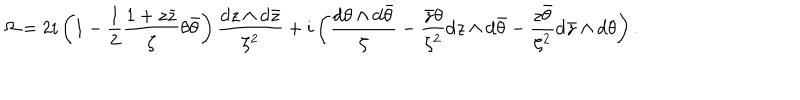
\Omega = 2 i \left( 1 - \frac { 1 } { 2 } \frac { 1 + z \bar { z } } { \zeta } \theta \bar { \theta } \right) \frac { \mathrm { d } z \wedge \mathrm { d } \bar { z } } { \zeta ^ { 2 } } + i \left( \frac { \mathrm { d } \theta \wedge \mathrm { d } \bar { \theta } } { \zeta } - \frac { \bar { z } \theta } { \zeta ^ { 2 } } \mathrm { d } z \wedge \mathrm { d } \bar { \theta } - \frac { z \bar { \theta } } { \zeta ^ { 2 } } \mathrm { d } \bar { z } \wedge \mathrm { d } \theta \right) .